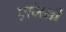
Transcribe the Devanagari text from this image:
एंजिनी